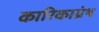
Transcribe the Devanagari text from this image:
कारिकाग्रंथ